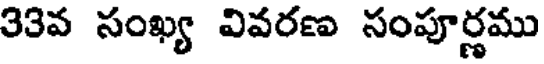
33వ సంఖ్య వివరణ సంపూర్ణము